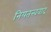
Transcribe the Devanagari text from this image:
नियतत्त्ववाद